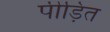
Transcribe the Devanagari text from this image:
पीड़ित